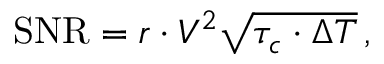
\mathrm { S N R } = r \cdot V ^ { 2 } \sqrt { \tau _ { c } \cdot \Delta T } \, ,